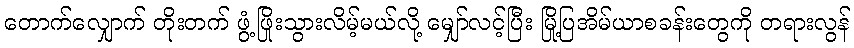
တောက်လျှောက် တိုးတက် ဖွံ့ဖြိုးသွားလိမ့်မယ်လို့ မျှော်လင့်ပြီး မြို့ပြအိမ်ယာစခန်းတွေကို တရားလွန်